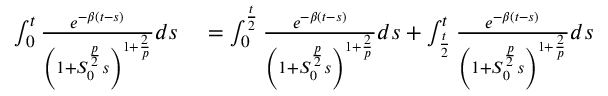
\begin{array} { r l } { \int _ { 0 } ^ { t } \frac { e ^ { - \beta ( t - s ) } } { \left( 1 + S _ { 0 } ^ { \frac { p } { 2 } } s \right) ^ { 1 + \frac { 2 } { p } } } d s } & { { } = \int _ { 0 } ^ { \frac { t } { 2 } } \frac { e ^ { - \beta ( t - s ) } } { \left( 1 + S _ { 0 } ^ { \frac { p } { 2 } } s \right) ^ { 1 + \frac { 2 } { p } } } d s + \int _ { \frac { t } { 2 } } ^ { t } \frac { e ^ { - \beta ( t - s ) } } { \left( 1 + S _ { 0 } ^ { \frac { p } { 2 } } s \right) ^ { 1 + \frac { 2 } { p } } } d s } \end{array}